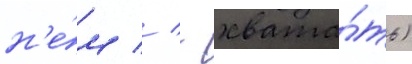
н'е́м // - хвата́ть)